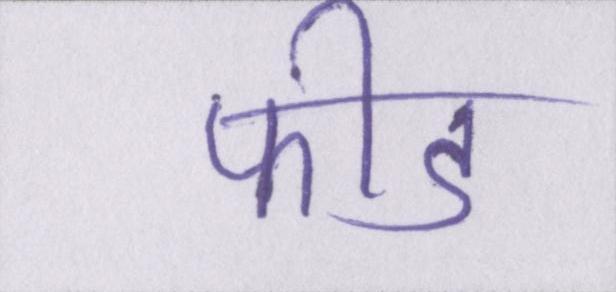
फीड